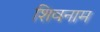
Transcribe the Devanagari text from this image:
शिवनाम